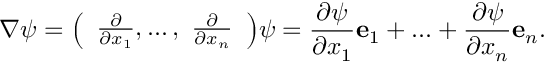
\nabla \psi = { \left( \begin{array} { l } { { \frac { \partial } { \partial x _ { 1 } } } , \ldots , \ { \frac { \partial } { \partial x _ { n } } } } \end{array} \right) } \psi = { \frac { \partial \psi } { \partial x _ { 1 } } } \mathbf { e } _ { 1 } + \ldots + { \frac { \partial \psi } { \partial x _ { n } } } \mathbf { e } _ { n } .